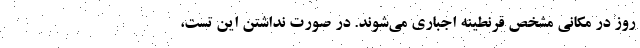
روز در مکانی مشخص قرنطینه اجباری می‌شوند. در صورت نداشتن این تست،